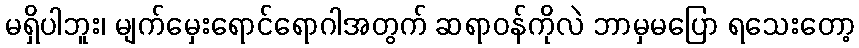
မရှိပါဘူး၊ မျက်မှေးရောင်ရောဂါအတွက် ဆရာဝန်ကိုလဲ ဘာမှမပြော ရသေးတော့